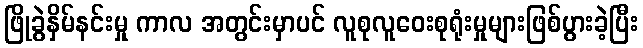
ဖြိုခွဲနှိမ်နင်းမှု ကာလ အတွင်းမှာပင် လူစုလူဝေးစုရုံးမှုများဖြစ်ပွားခဲ့ပြီး